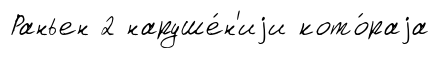
Раньен 2 наруше́н'иjи кото́раjа